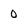
Character: 0